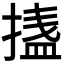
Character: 𭡴